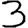
Digit: 3